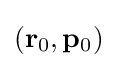
(\mathbf {r} _{0},\mathbf {p} _{0})